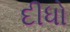
દીધો